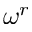
\omega ^ { r }